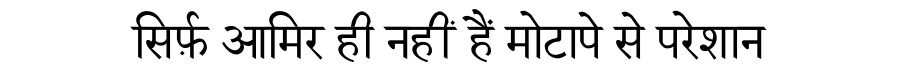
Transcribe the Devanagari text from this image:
सिर्फ़ आमिर ही नहीं हैं मोटापे से परेशान